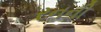
રનની